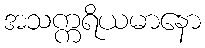
အသက္ကရိယမာနော